Bréfritari: Guðrún Þorsteinsdóttir
Viðtakandi: Páll Pálsson
Dagsetning: A-1872-04-28
Skrifað á: Breiðabólsstað  Rang.
Páll er móðurbróðir Guðrúnar

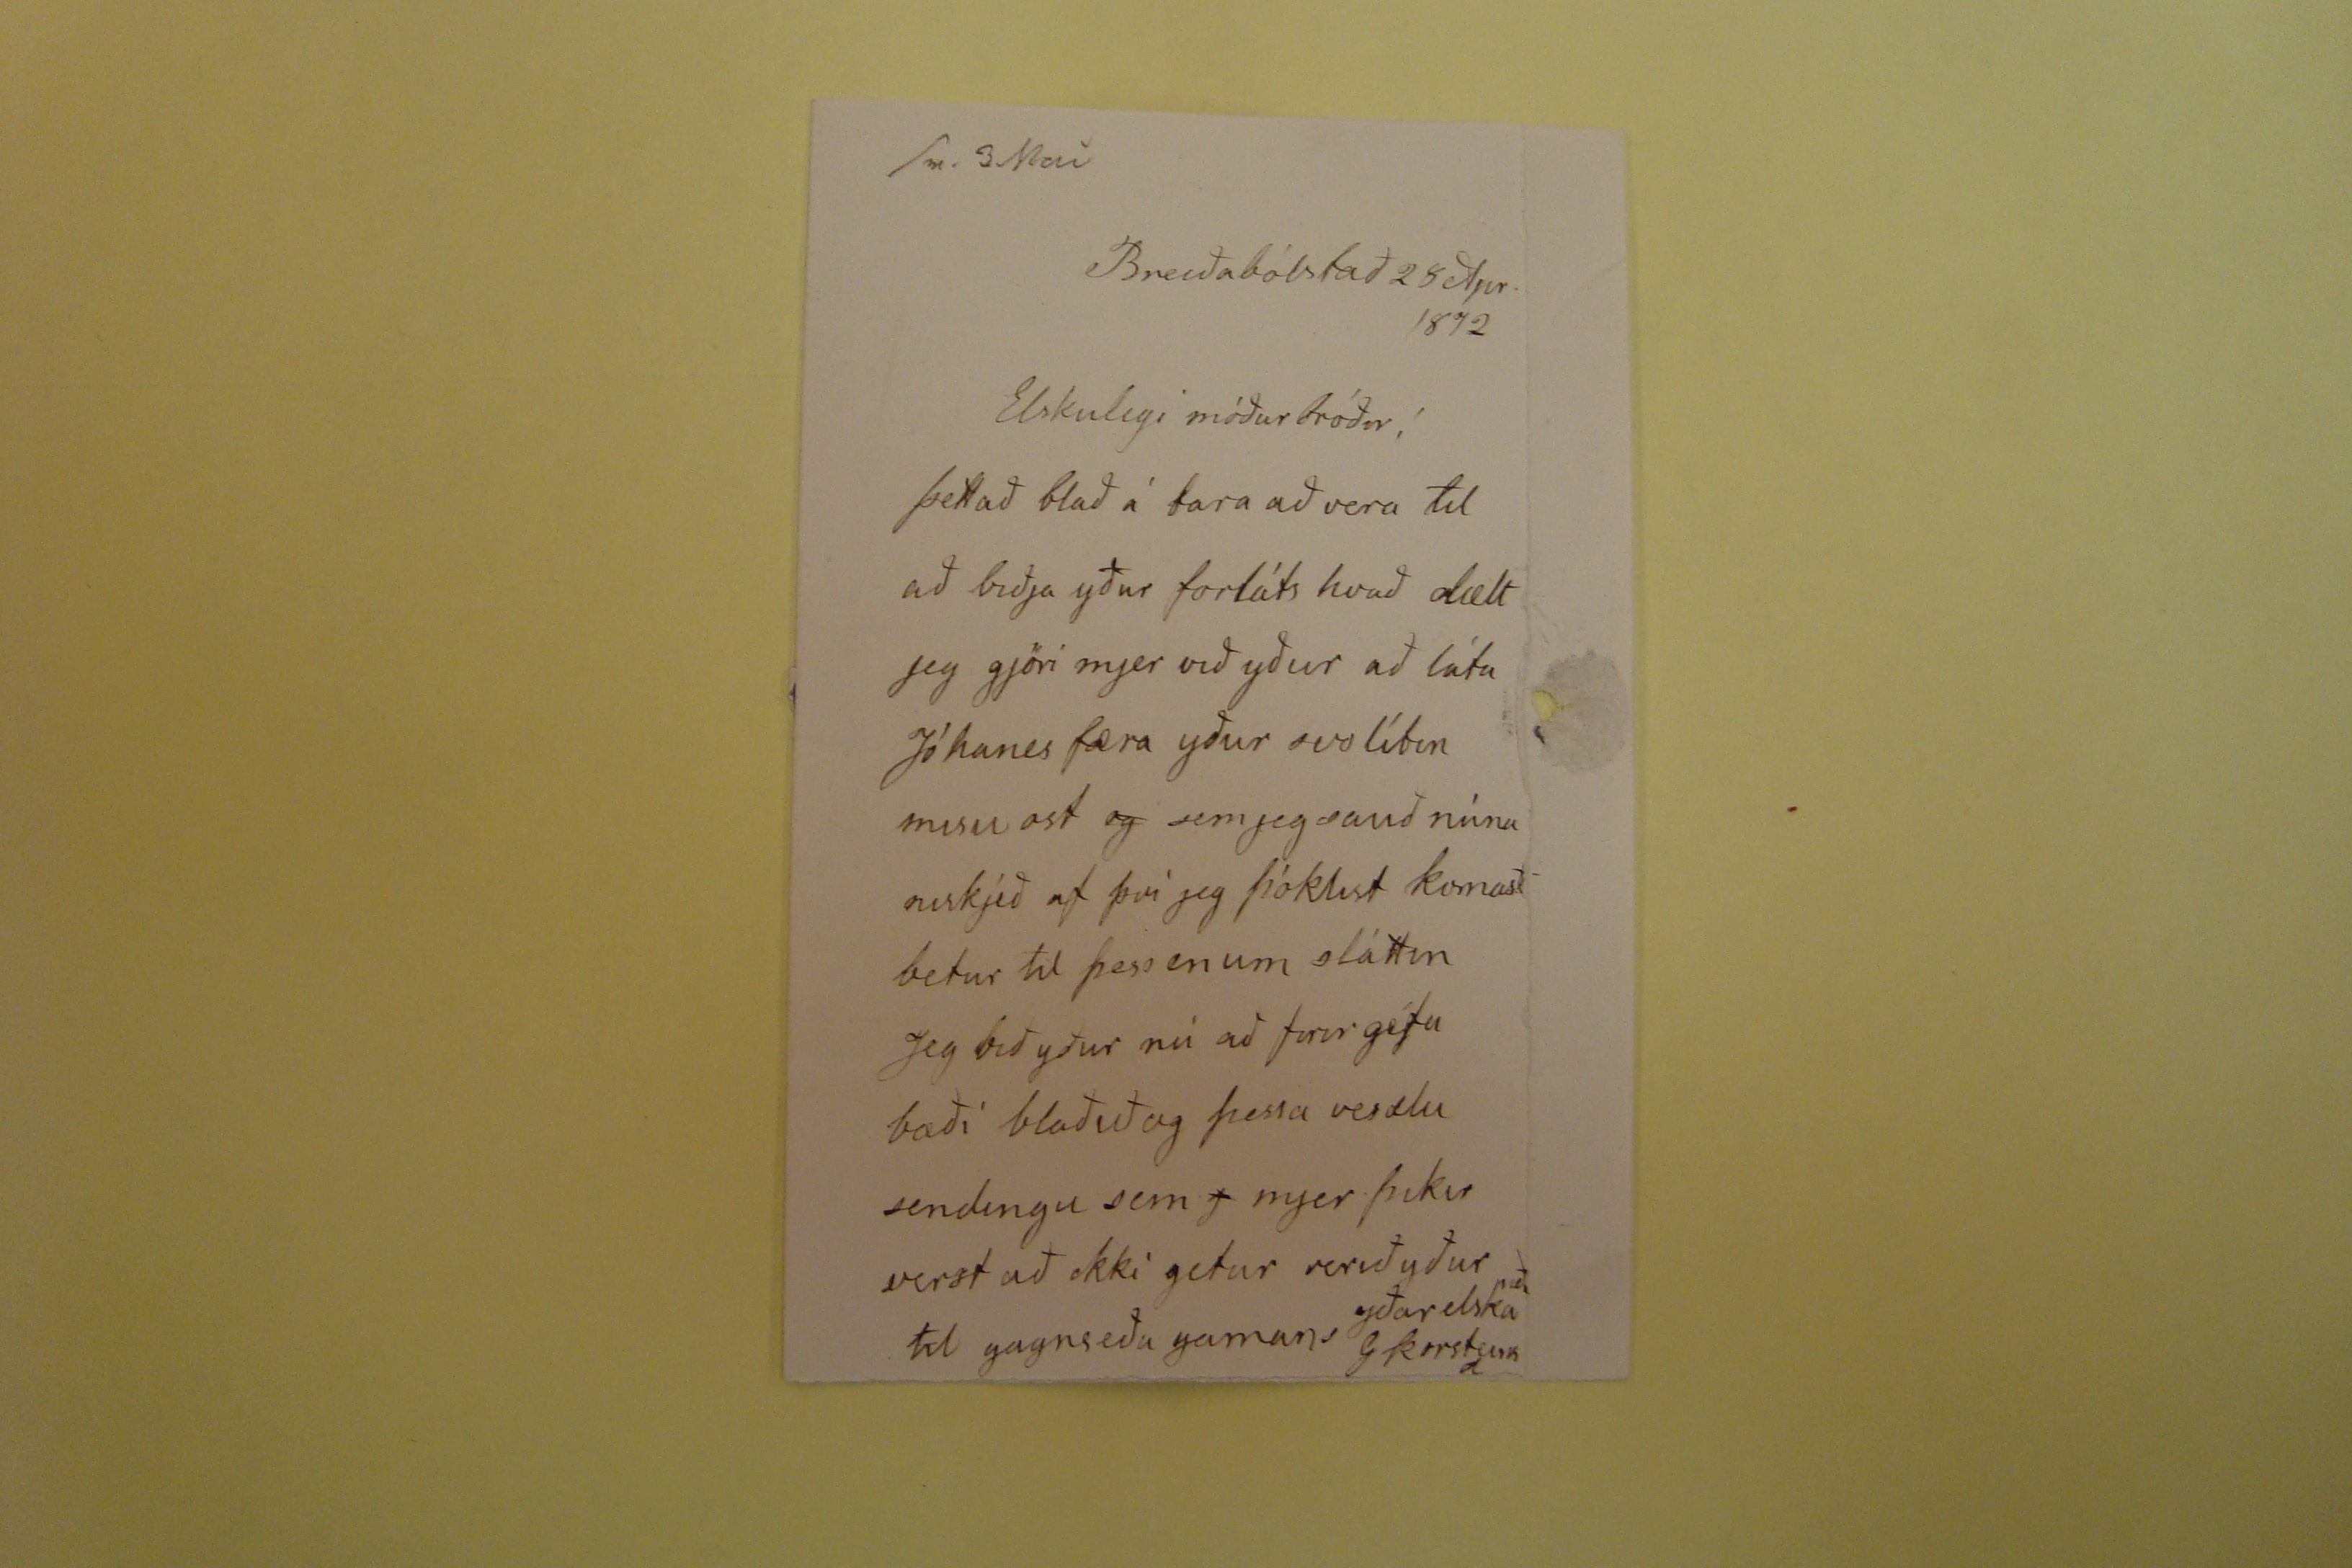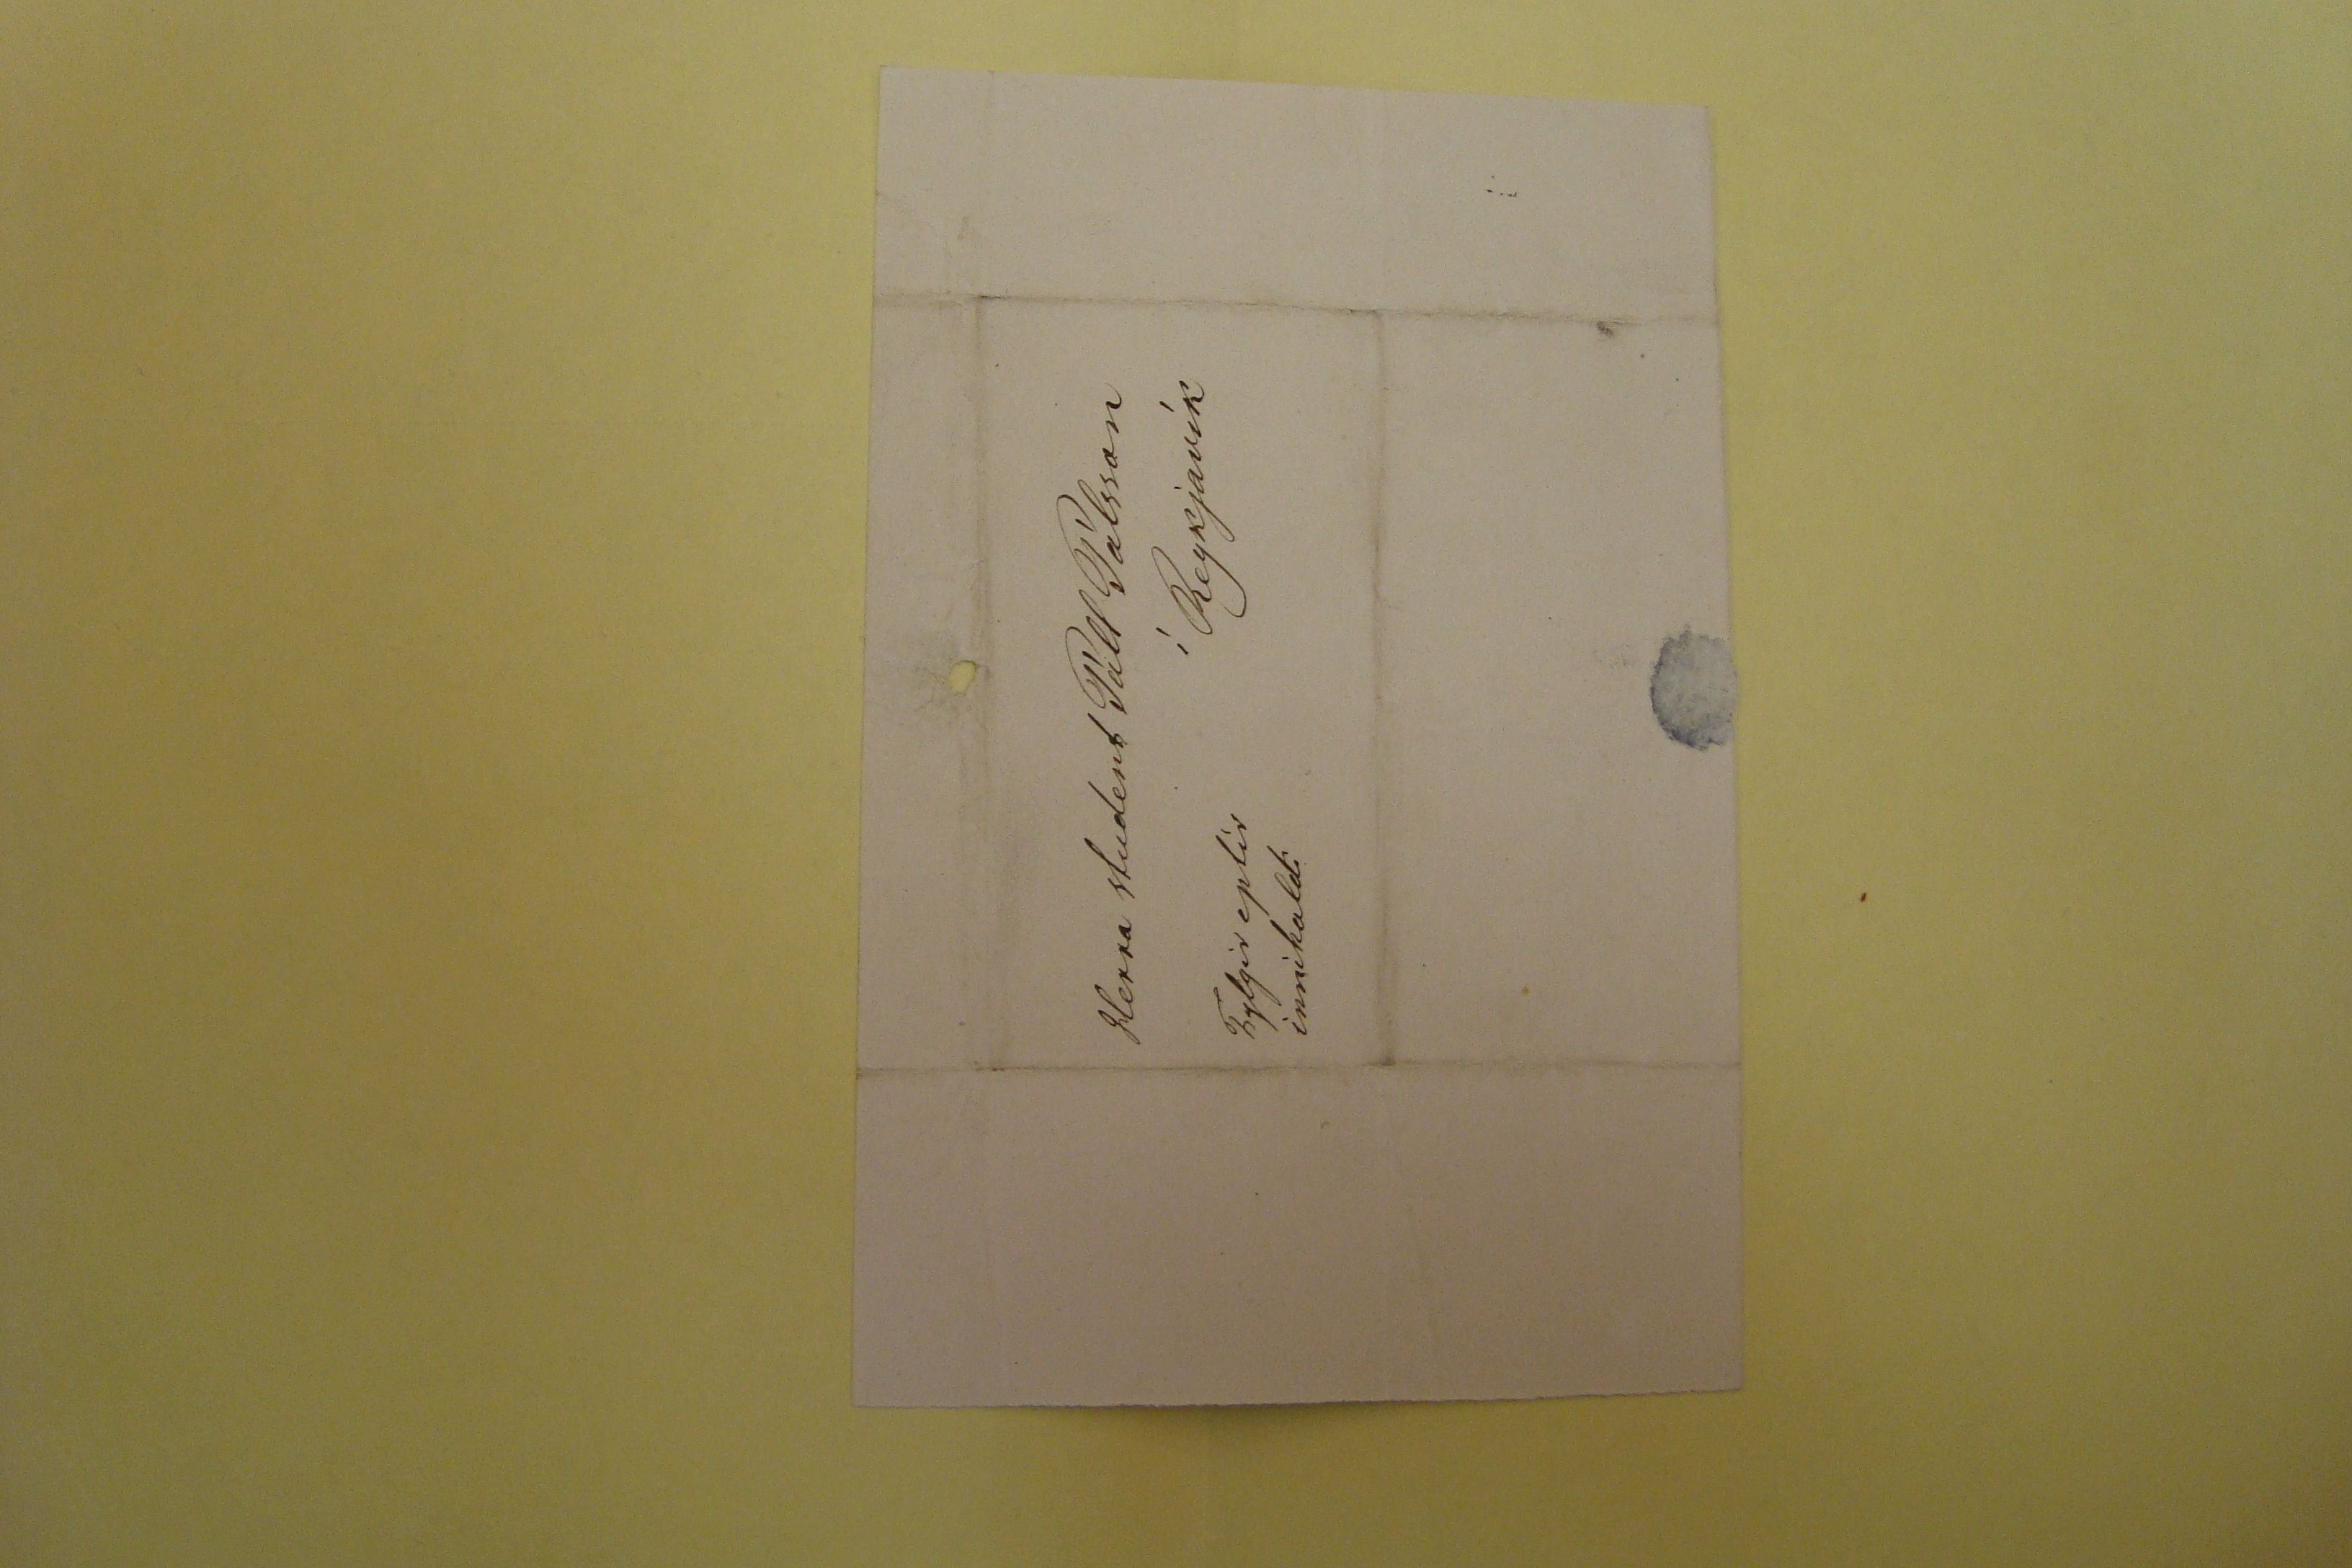

Breiðabólstað 28 Apr 1872
Elskulegi móðurbróðir!
þettað blað á bara að vera til að biðja yður forláts hvað dælt jeg gjöri mjer við yður að láta Jóhanes færa yður svo lítin misu ost
og
sem jeg sauð núna niskjeð af því jeg þóktist komast betur til þess en um sláttinn Jeg bið yður nú að firir géfa bæði blaðið og þessa vesælu sendingu sem
j
mjer þikir verst að ekki getur verið yður til gagnseða gamans yðar elskanði G Þorsteinsd.
Herra student Páll Pálsson
í Reykjavík
Fylgir eptir innihaldi